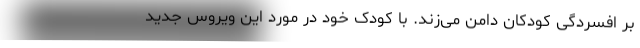
بر افسردگی کودکان دامن می‌زند. با کودک خود در مورد این ویروس جدید